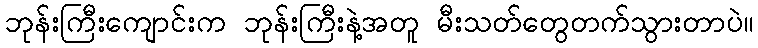
ဘုန်းကြီးကျောင်းက ဘုန်းကြီးနဲ့အတူ မီးသတ်တွေတက်သွားတာပဲ။